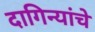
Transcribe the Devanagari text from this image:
दागिन्यांचे